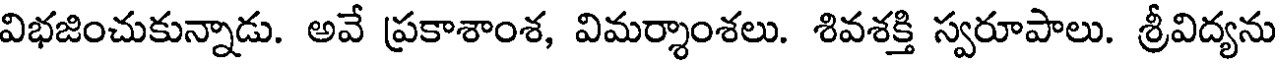
విభజించుకున్నాడు. అవే ప్రకాశాంశ, విమర్శాంశలు. శివశక్తి స్వరూపాలు. శ్రీవిద్యను